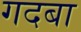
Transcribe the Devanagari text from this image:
गदबा